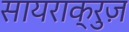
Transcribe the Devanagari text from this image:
सायराक्रुज़